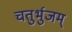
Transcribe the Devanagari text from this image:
चतुर्भुजम्